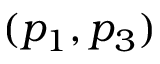
( p _ { 1 } , p _ { 3 } )